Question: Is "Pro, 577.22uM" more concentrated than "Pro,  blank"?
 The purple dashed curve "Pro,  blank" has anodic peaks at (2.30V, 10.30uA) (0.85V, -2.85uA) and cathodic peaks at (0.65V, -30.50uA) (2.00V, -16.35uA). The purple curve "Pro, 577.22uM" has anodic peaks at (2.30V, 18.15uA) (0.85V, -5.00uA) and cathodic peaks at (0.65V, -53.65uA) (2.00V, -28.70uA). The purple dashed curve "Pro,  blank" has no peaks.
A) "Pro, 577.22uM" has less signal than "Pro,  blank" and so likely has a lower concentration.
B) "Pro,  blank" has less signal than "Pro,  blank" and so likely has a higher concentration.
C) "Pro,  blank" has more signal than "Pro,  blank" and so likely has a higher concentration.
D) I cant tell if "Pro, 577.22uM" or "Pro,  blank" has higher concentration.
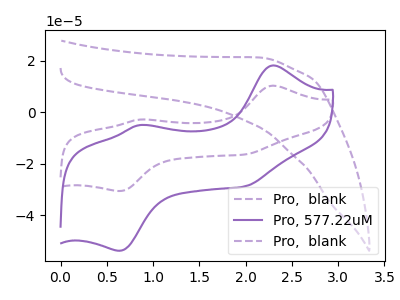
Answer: <think>All the peaks in "Pro, 577.22uM" have a peak in "Pro,  blank" at the same potential.
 </think>
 <answer>D) I cant tell if "Pro, 577.22uM" or "Pro,  blank" has higher concentration.</answer>
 <eval>D</eval>